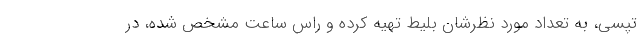
تپسی، به تعداد مورد نظرشان بلیط تهیه کرده و راس ساعت مشخص شده، در